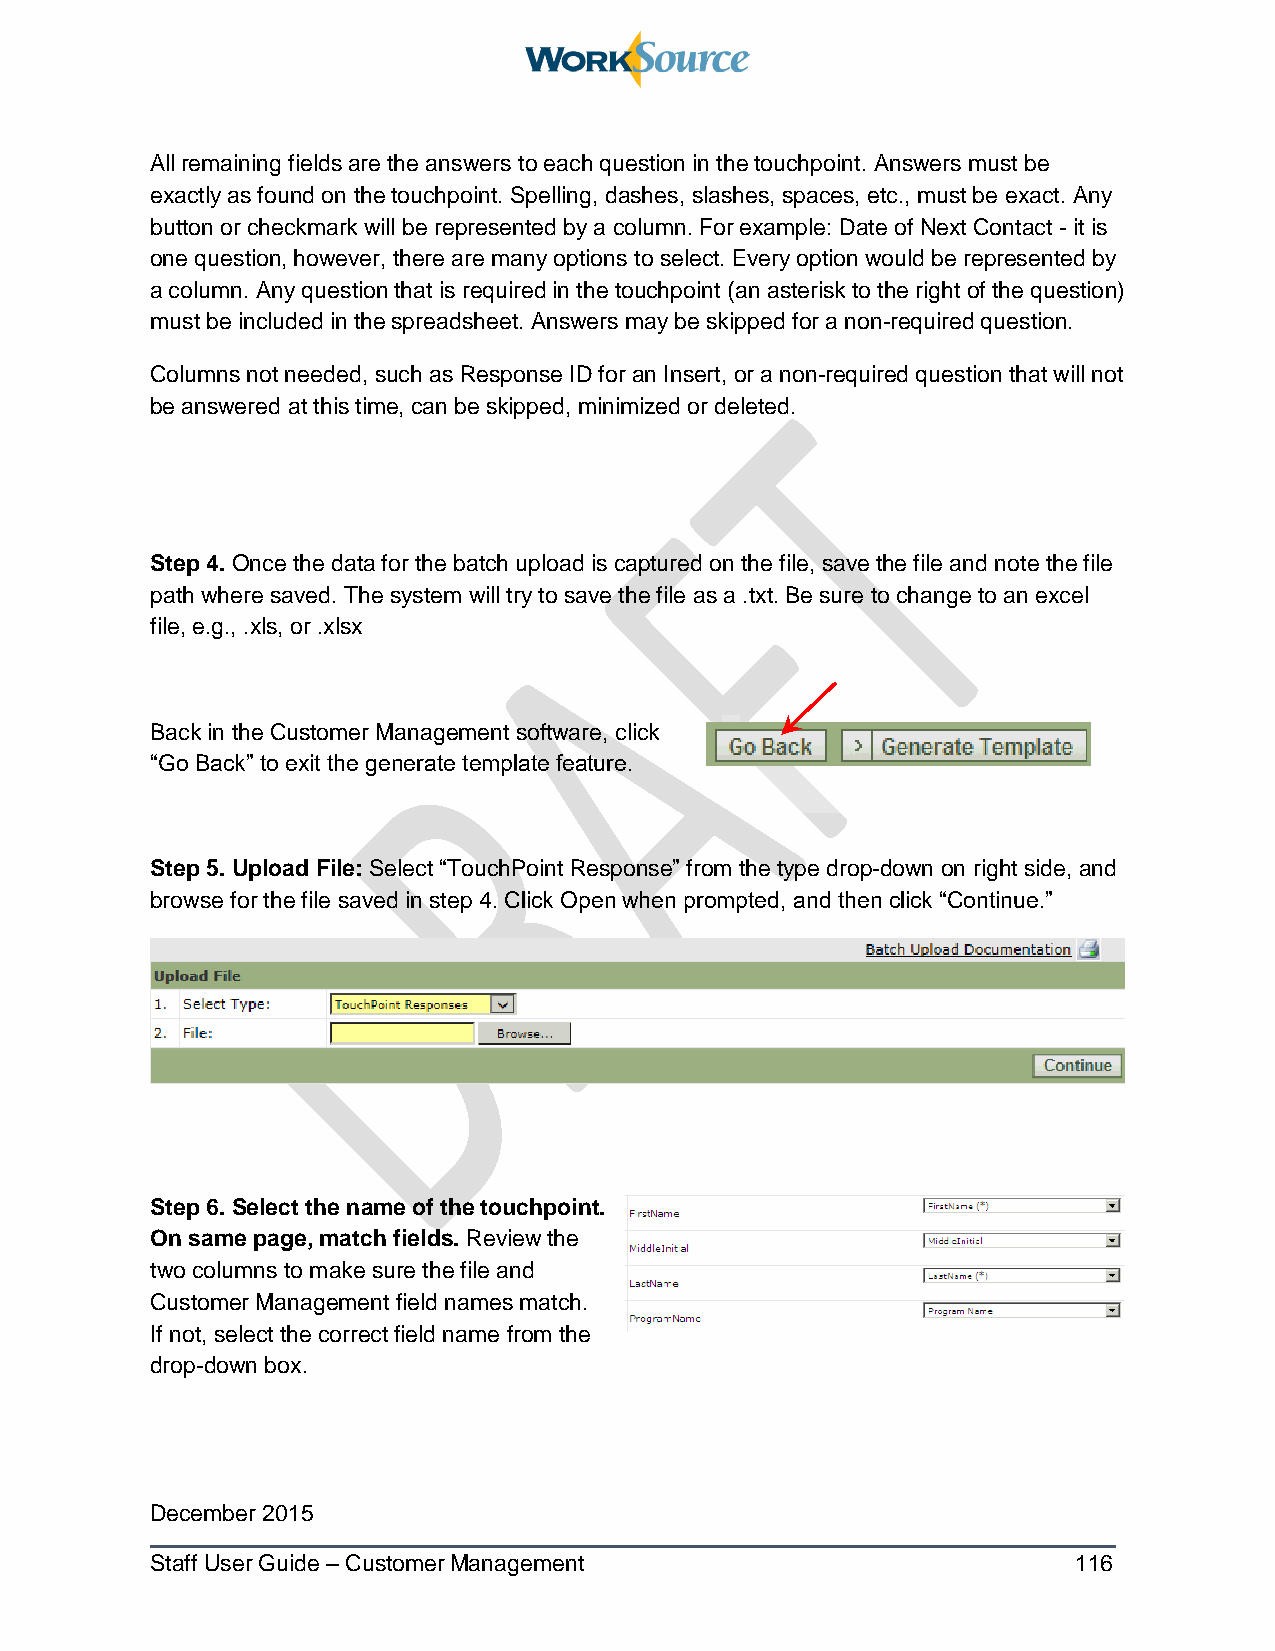
All remaining fields are the answers to each question in the touchpoint. Answers must be
 exactly as found on the touchpoint. Spelling, dashes, slashes, spaces, etc., must be exact. Any
 button or checkmark will be represented by a column. For example: Date of Next Contact - it is
 one question, however, there are many options to select. Every option would be represented by
 a column. Any question that is required in the touchpoint (an asterisk to the right of the question)
 must be included in the spreadsheet. Answers may be skipped for a non-required question.
 Columns not needed, such as Response ID for an Insert, or a non-required question that will not
 be answered at this time, can be skipped, minimized or deleted.
 Step 4. Once the data for the batch upload is captured on the file, save the file and note the file
 path where saved. The system will try to save the file as a .txt. Be sure to change to an excel
 file, e.g., .xls, or .xlsx
 Back in the Customer Management software, click
 “Go Back” to exit the generate template feature.
 Step 5. Upload File: Select “TouchPoint Response” from the type drop-down on right side, and
 browse for the file saved in step 4. Click Open when prompted, and then click “Continue.”
 Step 6. Select the name of the touchpoint.
 On same page, match fields. Review the
 two columns to make sure the file and
 Customer Management field names match.
 If not, select the correct field name from the
 drop-down box.
 December 2015
 Staff User Guide – Customer Management                       116